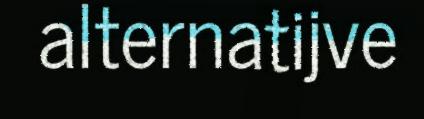
alternatijve